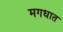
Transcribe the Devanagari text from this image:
मगधात